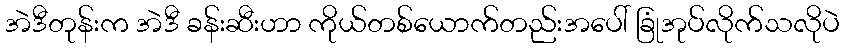
အဲဒီတုန်းက အဲဒီ ခန်းဆီးဟာ ကိုယ်တစ်ယောက်တည်းအပေါ် ခြုံအုပ်လိုက်သလိုပဲ